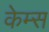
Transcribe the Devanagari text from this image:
केम्स